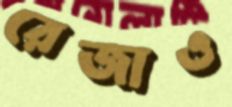
রেজাও